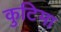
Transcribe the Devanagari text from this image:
कुटिमा